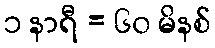
၁ နာရီ = ၆၀ မိနစ်